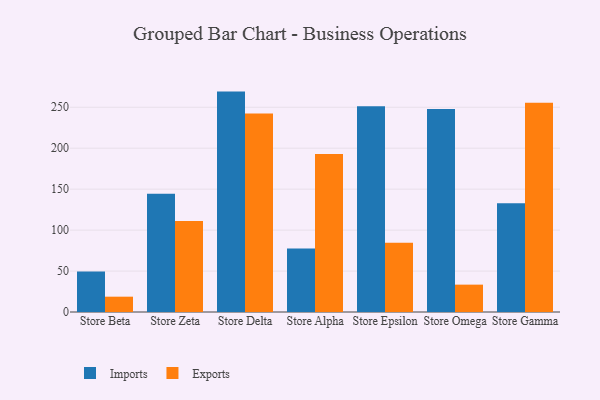
{"axis": {"x": "Store", "y": "Budget (USD K)"}, "legend": ["Exports", "Imports"], "data": [{"x": "Store Beta", "y": 49.4, "type": "Imports"}, {"x": "Store Beta", "y": 18.7, "type": "Exports"}, {"x": "Store Zeta", "y": 144.3, "type": "Imports"}, {"x": "Store Zeta", "y": 111.2, "type": "Exports"}, {"x": "Store Delta", "y": 269.1, "type": "Imports"}, {"x": "Store Delta", "y": 242.4, "type": "Exports"}, {"x": "Store Alpha", "y": 77.6, "type": "Imports"}, {"x": "Store Alpha", "y": 193.0, "type": "Exports"}, {"x": "Store Epsilon", "y": 251.3, "type": "Imports"}, {"x": "Store Epsilon", "y": 84.7, "type": "Exports"}, {"x": "Store Omega", "y": 248.0, "type": "Imports"}, {"x": "Store Omega", "y": 33.4, "type": "Exports"}, {"x": "Store Gamma", "y": 132.7, "type": "Imports"}, {"x": "Store Gamma", "y": 255.6, "type": "Exports"}]}